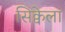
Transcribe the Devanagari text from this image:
सिक्वेला